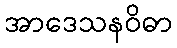
အာဒေသနဝိဓာ